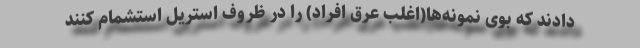
دادند که بوی نمونه‌ها(اغلب عرق افراد) را در ظروف استریل استشمام کنند